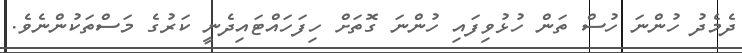
ދެމެދު ހުންނަ ހުސް ތަން ހުޅުވިފައި ހުންނަ ގޮތަށް ހިފަހައްޓައިދެނީ ކަރުގެ މަސްތަކުންނެވެ.